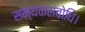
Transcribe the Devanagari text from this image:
सम्यकसंबोधि।